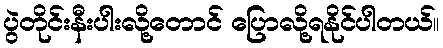
ပွဲတိုင်းနီးပါးလို့တောင် ပြောလို့ရနိုင်ပါတယ်။